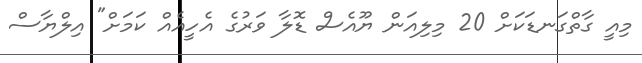
މިއީ ގާތްގަނޑަކަށް 20 މިލިއަން ޔޫއެސް ޑޮލާ ވަރުގެ އެހީއެއް ކަމަށް" އިލްޔާސް